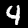
Label: 4